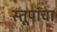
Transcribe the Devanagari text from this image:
स्तूपांचा